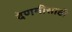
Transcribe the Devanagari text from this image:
देणगीसाठी